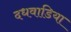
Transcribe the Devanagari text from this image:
दधवाडिया